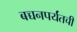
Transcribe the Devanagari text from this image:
बच्चनपर्यंतची